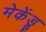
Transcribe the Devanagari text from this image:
मेकेंड्रू